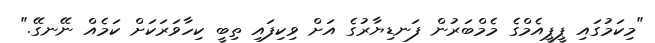
"މިކަމުގައި ޕީޕީއެމްގެ މެމްބަރުން ފަނޑިޔާރުގެ އަށް ވިކިފައި ތިބީ ކިހާވަރަކަށް ކަމެއް ނޭނގޭ."